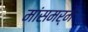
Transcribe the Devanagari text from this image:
मांसमर्म